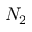
N _ { 2 }